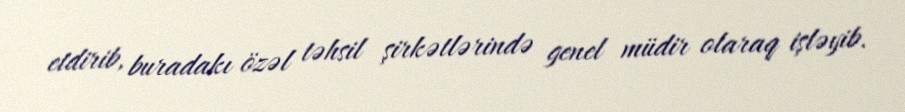
etdirib, buradakı özəl təhsil şirkətlərində genel müdir olaraq işləyib.